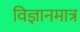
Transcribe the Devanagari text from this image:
विज्ञानमात्र